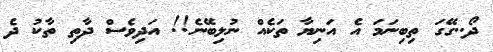
ދޯ..ގޭގަ ތިބިނަމަ އެ އަނިޔާ ތަކެއް ނުލިބޭނެ!! އަދިވެސް ދާތި ތާކު ދެ